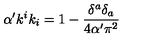
\alpha ^ { \prime } k ^ { i } k _ { i } = 1 - \frac { \delta ^ { a } \delta _ { a } } { 4 \alpha ^ { \prime } \pi ^ { 2 } }